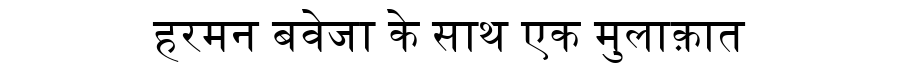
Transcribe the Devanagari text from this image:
हरमन बवेजा के साथ एक मुलाक़ात